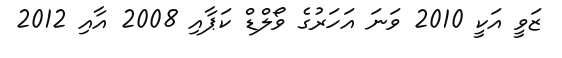
ޒަވީ އަކީ 2010 ވަނަ އަހަރުގެ ވޯލްޑް ކަޕާއި 2008 އާއި 2012